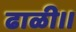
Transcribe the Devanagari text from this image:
ढाळी।।